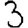
Digit: 3